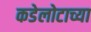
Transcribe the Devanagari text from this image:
कडेलोटाच्या